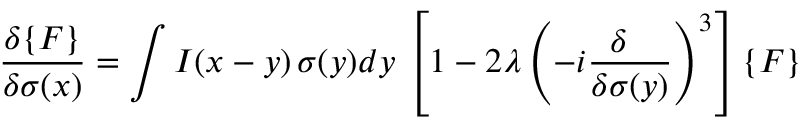
{ \frac { \delta \{ F \} } { \delta \sigma ( x ) } } = \int I ( x - y ) \, \sigma ( y ) d y \, \left[ 1 - 2 \lambda \left( - i { \frac { \delta \ \ } { \delta \sigma ( y ) } } \right) ^ { 3 } \right] \{ F \}